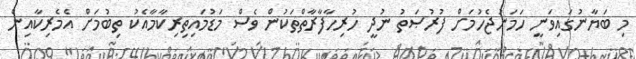
މި ބަޔާނުގައިވަނީ ހަމަނުޖެހުމަށް ފުރުޞަތު ނުދީ ހުރިހާފާރާތްތަކުން ވެސް މަޑުމައިތިރިކާމާއެކު ތިބުމަށް އެމެރިކާއިން